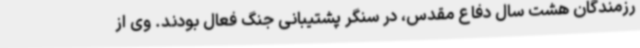
رزمندگان هشت سال دفاع مقدس، در سنگر پشتیبانی جنگ فعال بودند. وی از